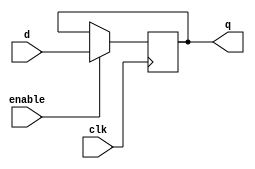
module t_latch (
    input wire clk,
    input wire enable,
    input wire d,
    output reg q
);

always @(posedge clk) begin
    if (enable)
        q <= d;
end

endmodule